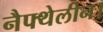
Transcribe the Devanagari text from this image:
नैफ्थेलीन।